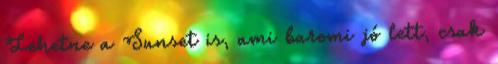
Lehetne a Sunset is, ami baromi jó lett, csak